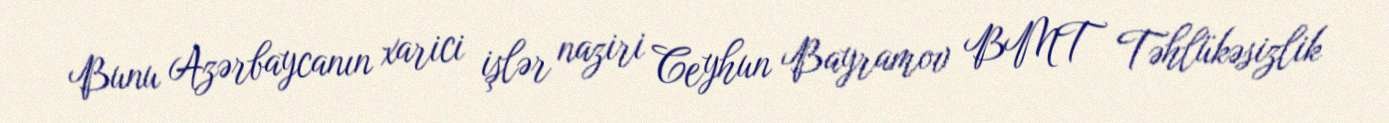
Bunu Azərbaycanın xarici işlər naziri Ceyhun Bayramov BMT Təhlükəsizlik